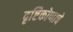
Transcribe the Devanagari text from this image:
दृष्टिकोणाचे